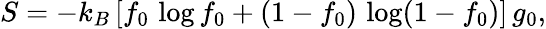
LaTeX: S=-k_{B}\left[f_{0}\, \log f_{0}+(1-f_{0})\, \log(1-f_{0})\right]\, g_{0},